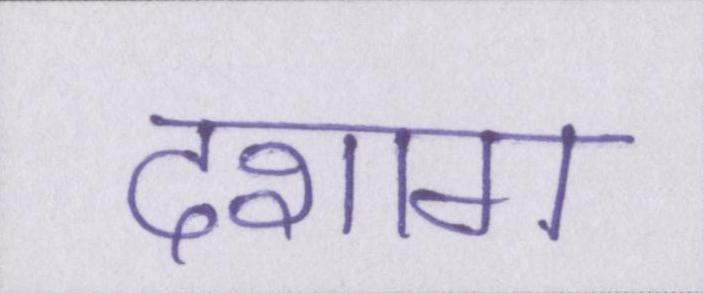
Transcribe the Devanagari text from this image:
दशाॻ